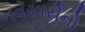
નવસારીનો